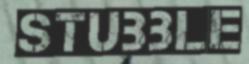
STUBBLE